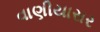
વાણીયાસર